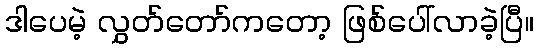
ဒါပေမဲ့ လွှတ်တော်ကတော့ ဖြစ်ပေါ်လာခဲ့ပြီ။